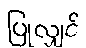
ပြုလျှင်